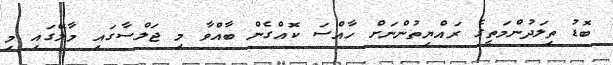
ބޮޑު ތިލަދުންމަތީގެ ރައްޔިތުންނަށް ހާއްސަ ކޮއްގެން ބާއްވާ މި ޖަލްސާގައި މާލޭގައި މި